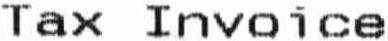
TAX INVOICE